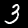
Digit: 3